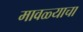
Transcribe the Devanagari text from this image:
मावळ्याचा